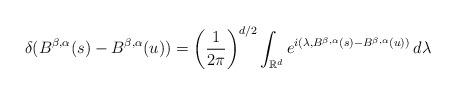
LaTeX: \begin{align*}\delta(B^{\beta,\alpha}(s)-B^{\beta,\alpha}(u))=\left(\frac{1}{2\pi}\right)^{d/2}\int_{\mathbb{R}^{d}}e^{i(\lambda,B^{\beta,\alpha}(s)-B^{\beta,\alpha}(u))}\,d\lambda\end{align*}